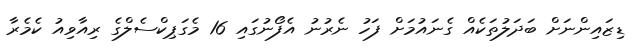
ޑިޒައިންނަށް ބަދަލުތަކެއް ގެނައުމަށް ފަހު ނެރުނު އެފޯނުގައި 16 މެގަޕިކްސެލްގެ ރިއާވިއު ކެމެރާ